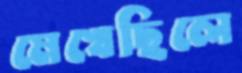
মেখেছিলে